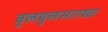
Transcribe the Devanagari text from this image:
बुलबुलसारखा